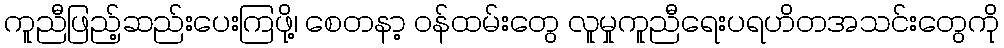
ကူညီဖြည့်ဆည်းပေးကြဖို့၊ စေတနာ့ ဝန်ထမ်းတွေ လူမှုကူညီရေးပရဟိတအသင်းတွေကို